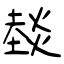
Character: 燅